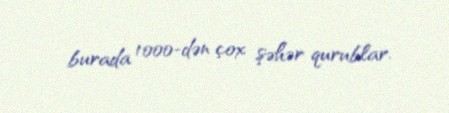
burada 1000-dən çox şəhər qurublar.